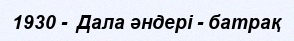
1930 -  Дала әндері - батрақ